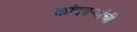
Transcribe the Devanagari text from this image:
कांदबर्‍यांची